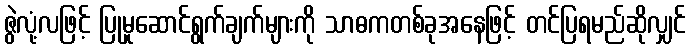
ဇွဲလုံ့လဖြင့် ပြုမူဆောင်ရွက်ချက်များကို သာဓကတစ်ခုအနေဖြင့် တင်ပြရမည်ဆိုလျှင်